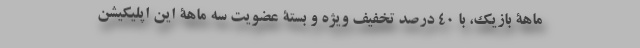
ماهۀ بازیک، با ۴۰ درصد تخفیفِ ویژه و بستۀ عضویت سه ماهۀ این اپلیکیشن